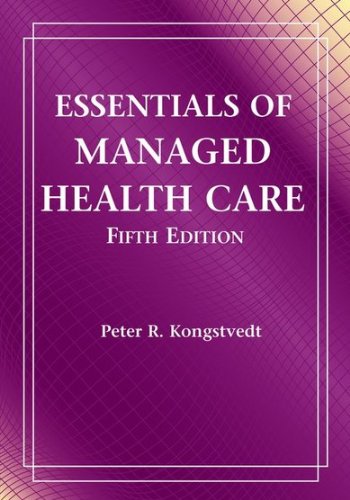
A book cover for Essentials Of Managed Health Care; Peter R. Kongstvedt; Medical Books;